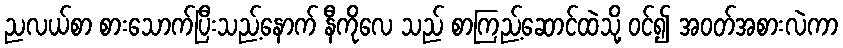
ညလယ်စာ စားသောက်ပြီးသည့်နောက် နီကိုလေ သည် စာကြည့်ဆောင်ထဲသို့ ဝင်၍ အဝတ်အစားလဲကာ